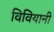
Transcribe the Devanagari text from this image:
विवियानी